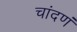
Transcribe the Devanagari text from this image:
चांदणं